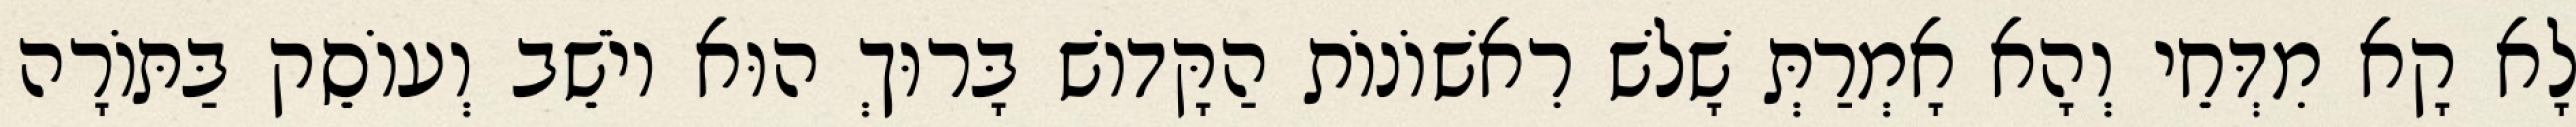
לָא קָא מִדְּחֵי וְהָא אָמְרַתְּ שָׁלֹשׁ רִאשׁוֹנוֹת הַקָּדוֹשׁ בָּרוּךְ הוּא יוֹשֵׁב וְעוֹסֵק בַּתּוֹרָה